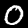
Digit: 0